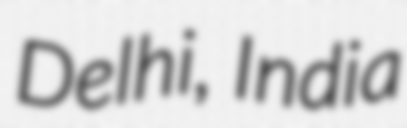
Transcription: Delhi, India